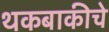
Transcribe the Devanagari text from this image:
थकबाकीचे